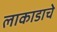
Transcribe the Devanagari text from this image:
लाकाडाचे